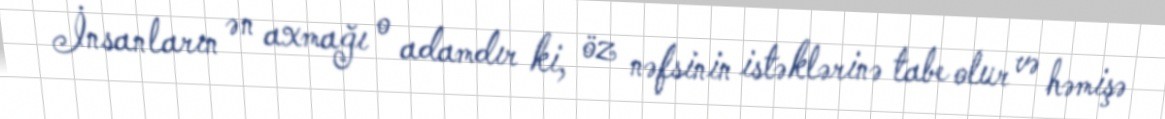
İnsanların ən axmağı o adamdır ki, öz nəfsinin istəklərinə tabe olur və həmişə